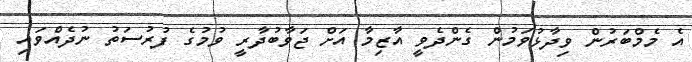
އެ މެމްބަރުން ވިދާޅުވަމުން ގެންދެވީ އާޒިމާ އަށް ޖަވާބުދާރީ ވުމުގެ ފުރުސަތު ނުދެއްވައި